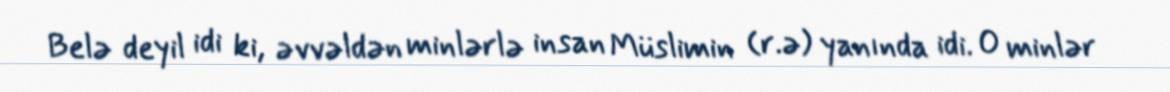
Belə deyil idi ki, əvvəldən minlərlə insan Müslimin (r.ə) yanında idi. O minlər